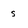
Character: s